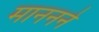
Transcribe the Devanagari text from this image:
माननने